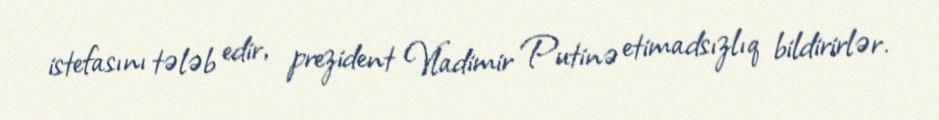
istefasını tələb edir, prezident Vladimir Putinə etimadsızlıq bildirirlər.